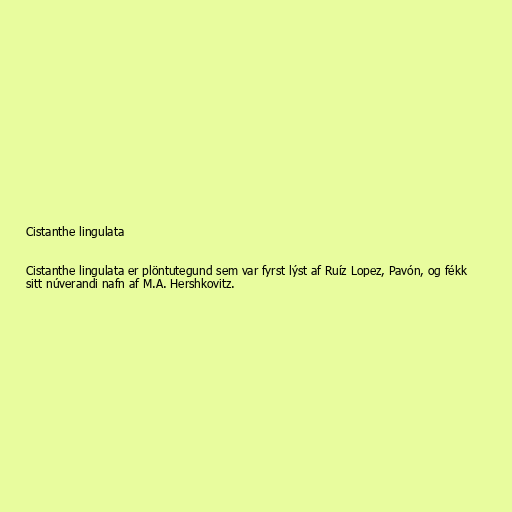
Cistanthe lingulata

Cistanthe lingulata er plöntutegund sem var fyrst lýst af Ruíz Lopez, Pavón, og fékk
sitt núverandi nafn af M.A. Hershkovitz.